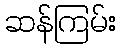
ဆန်ကြမ်း